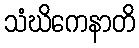
သံဃိကေနာတိ